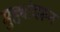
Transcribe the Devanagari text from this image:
मुद्द्यांवरून